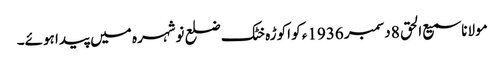
مولانا سمیع الحق 8 دسمبر 1936ء کو اکوڑہ خٹک ضلع نوشہرہ میں پیدا ہوئے۔